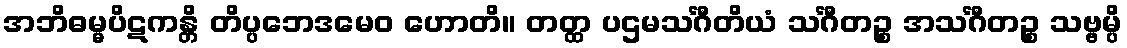
အဘိဓမ္မပိဋကန္တိ တိပ္ပဘေဒမေဝ ဟောတိ။ တတ္ထ ပဌမသင်္ဂီတိယံ သင်္ဂီတဉ္စ အသင်္ဂီတဉ္စ သဗ္ဗမ္ပိ